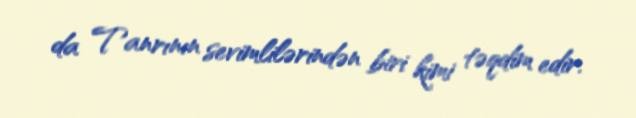
da Tanrının sevimlilərindən biri kimi təqdim edir.